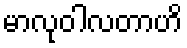
မာလုဝါလတာဟိ